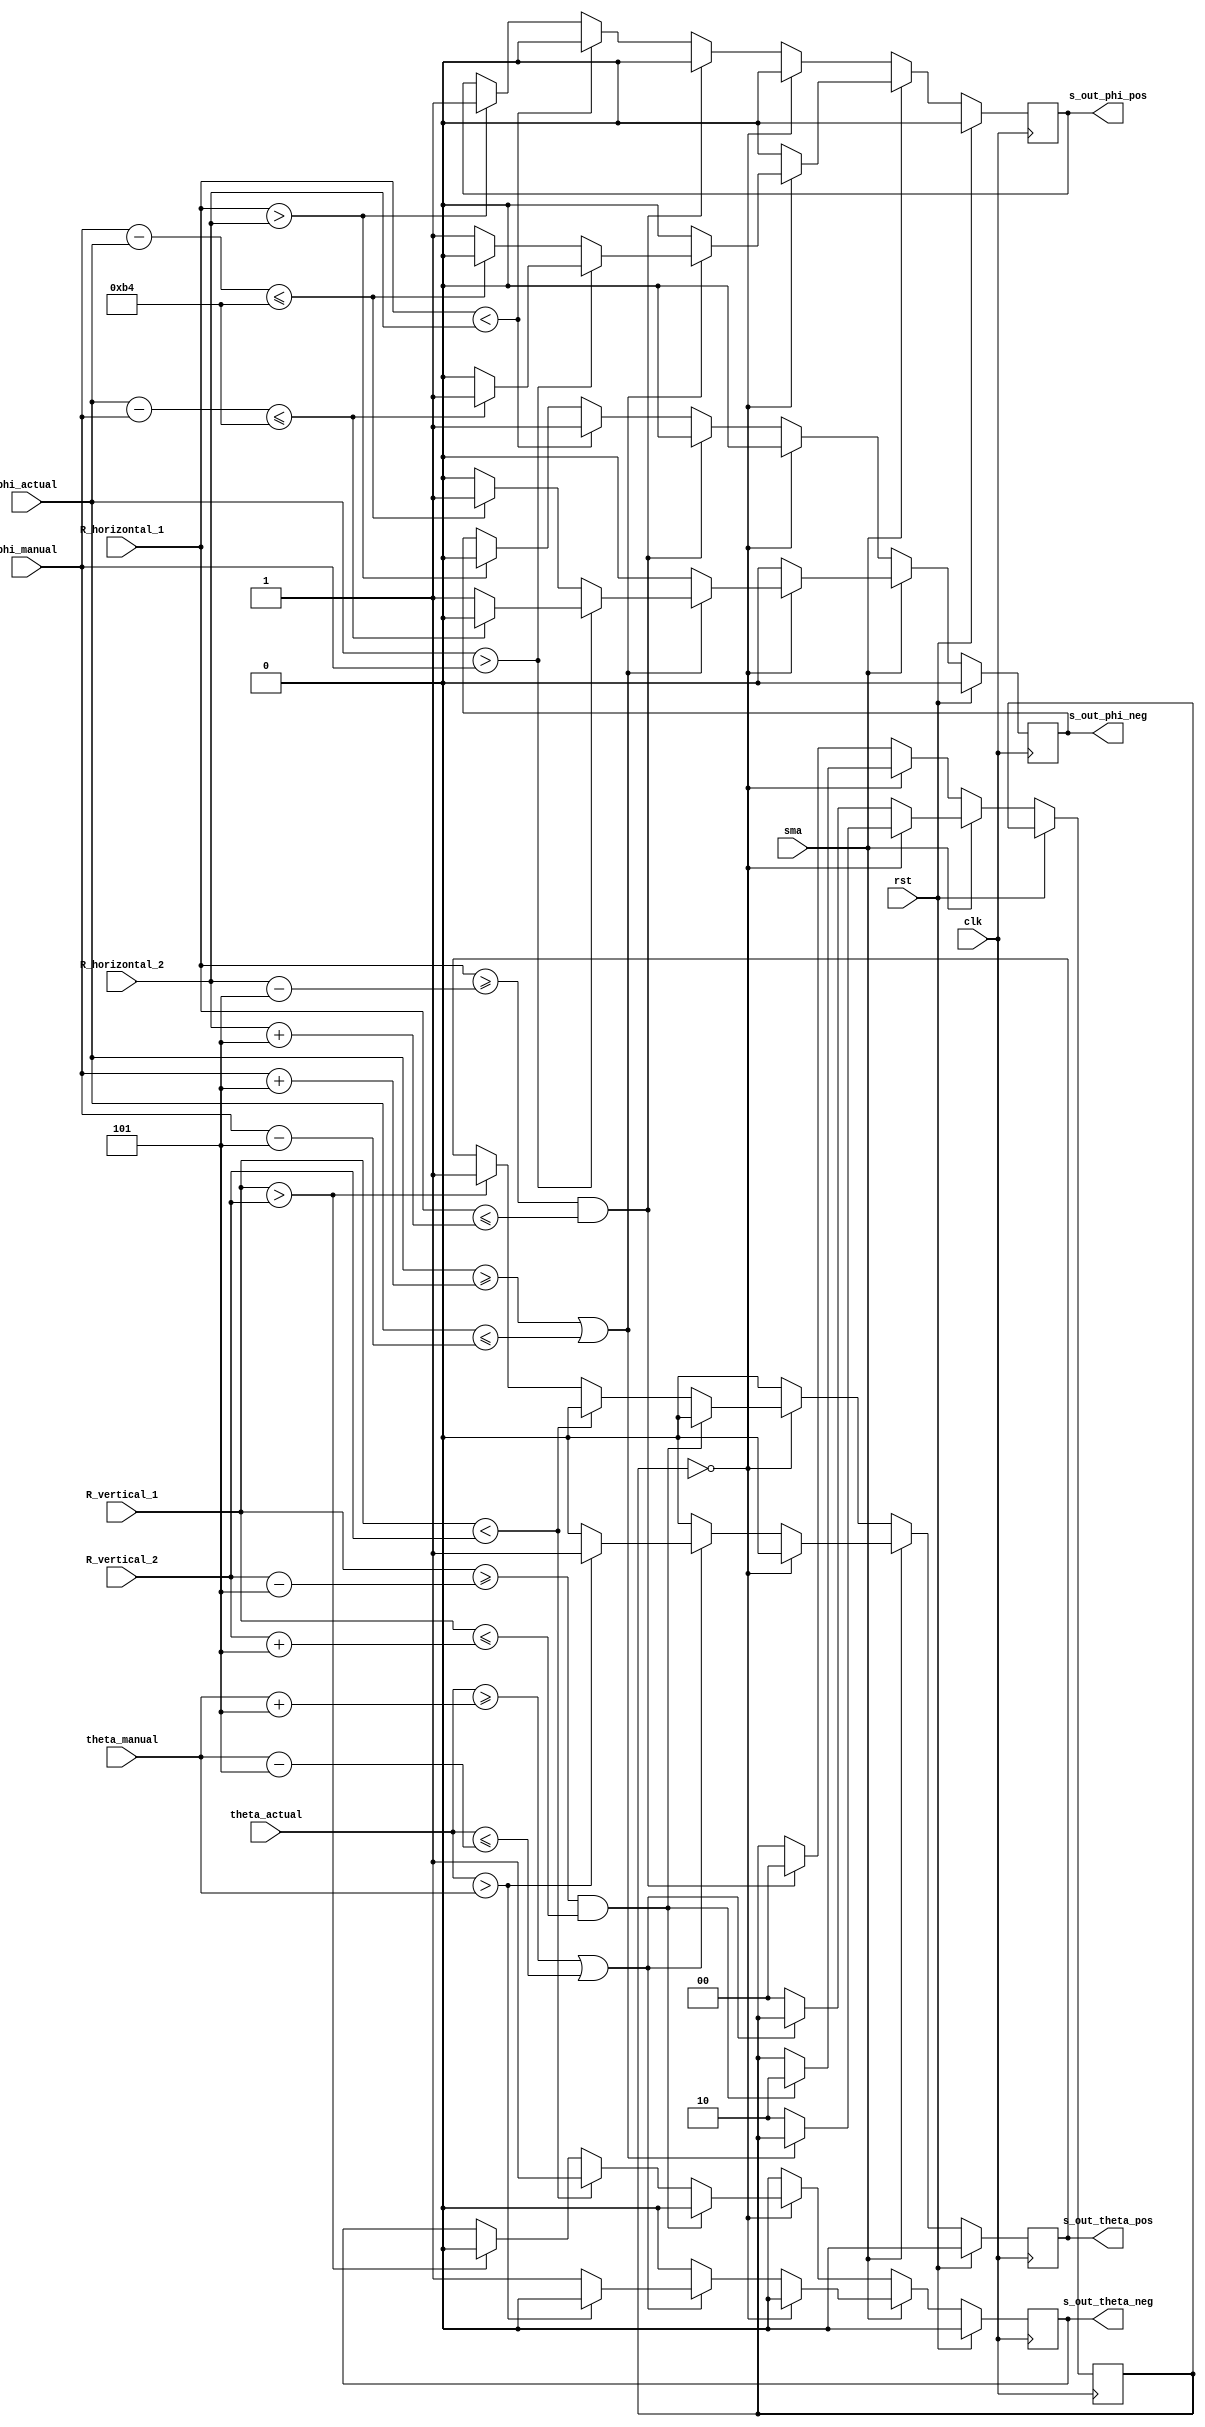
module control_movimiento (rst,sma,clk, R_vertical_1 , R_vertical_2 , R_horizontal_1 , R_horizontal_2 , theta_manual , theta_actual , phi_manual , phi_actual, s_out_theta_pos, s_out_theta_neg, s_out_phi_pos, s_out_phi_neg);
  
	input clk;
	////////////////////entradas de la fotoresistencias.
	input [15:0]R_vertical_1;
	input [15:0]R_vertical_2;
	input [15:0]R_horizontal_1;
	input [15:0]R_horizontal_2; 
	
	///////////////////entradas de posicin manual
	input [15:0]theta_manual;
	input [15:0]theta_actual; 
	input sma; //////////interruptor modo manual/automatico
	input rst;
	///////////////////entradas de posicin actual	
	input [15:0]phi_actual;
	input [15:0]phi_manual;
	
	//////////////////Salida para motores en eje theta y phi
	output reg s_out_theta_pos;
	output reg s_out_theta_neg;
	output reg s_out_phi_pos;
	output reg s_out_phi_neg;

	//inicializacin 
	reg [1:0] shift_motor=2'b00;
	parameter [2:0] error=3'b101;//5
	parameter [7:0] giro=8'b10110100;//180;
	
	//always @(R_vertical_1||R_vertical_2||R_horizontal_1||R_horizontal_2)begin
	//always @(theta_manual||phi_manual)
	//reg rsma;
        //assign sma =rsma;
	always @(posedge clk)begin


		if(rst)begin 
			s_out_phi_pos=0;
			s_out_phi_neg=0;	
			s_out_theta_pos=0;
			s_out_theta_neg=0;
		end else begin
			
		
			if(!sma)begin
			//----------------------//MODO AUTOMATICO//----------------------//	
				if(shift_motor==2'b00)begin
				
					////////////////mover automaticamente motor theta
					
					//NO mover motor phi
					s_out_phi_pos=0;
					s_out_phi_neg=0;
		
					if ((R_vertical_1>=(R_vertical_2-error) )&& (R_vertical_1<=(R_vertical_2+error)))begin
						//NO mover motor theta
						s_out_theta_neg=0;
						s_out_theta_pos=0;
						shift_motor=2'b10;
					end else begin 
						if(R_vertical_1>R_vertical_2)begin
							s_out_theta_pos=1; // movimiento horario vertical
							s_out_theta_neg=0;
						end
						if(R_vertical_1<R_vertical_2)begin
							s_out_theta_neg=1; // movimiento anti-horario vertical
							s_out_theta_pos=0;
						end	
					end
					////////////////mover automaticamente motor theta
					
				end else begin		
				
					////////////////mover automaticamente motor phi

					//NO mover motor theta
					s_out_theta_pos=0;
					s_out_theta_neg=0;
					
					if (R_horizontal_1>=(R_horizontal_2-error) && (R_horizontal_1<=(R_horizontal_2+error)))begin
							//NO mover motor phi

							s_out_phi_pos=0;
							s_out_phi_neg=0;
							shift_motor=2'b00; 
					end else begin 
						if(R_horizontal_1>R_horizontal_2)begin
							s_out_phi_pos=1; // movimiento horario  horizontal
							s_out_phi_neg=0; 
						end	
						if(R_horizontal_1<R_horizontal_2)begin
							s_out_phi_neg=1; // movimiento anti-horario horizontal
							s_out_phi_pos=0;
						end	
					end
					////////////////mover automaticamente motor phi
				end
			//----------------------//MODO AUTOMATICO//----------------------//	
			end else begin
			//----------------------//MODO MANUAL//----------------------//
				
				if(shift_motor==2'b00)begin
					
					////////////////mover manualmente motor phi
					
					//NO mover motor theta
					s_out_theta_pos=0;
					s_out_theta_neg=0;
						
					if(phi_actual>=(phi_manual+error)||phi_actual<=(phi_manual-error))begin 	
						if(phi_actual>phi_manual) begin
							if((phi_actual-phi_manual)<=giro) begin
								s_out_phi_pos=1;	// movimiento horario horizontal
								s_out_phi_neg=0;
								
							end else begin
								s_out_phi_pos=0;
								s_out_phi_neg=1; // movimiento anti-horario horizontal
							end	
						end else begin
							if((phi_manual-phi_actual)<=giro) begin
								s_out_phi_pos=0;
								s_out_phi_neg=1; // movimiento anti-horario horizontal
							end else begin
								s_out_phi_pos=1; // movimiento horario horizontal
								s_out_phi_neg=0;
							end
						end
					end else begin 
						shift_motor=2'b10;
						//NO mover motor phi
						s_out_phi_pos=0;
						s_out_phi_neg=0;
					end
					////////////////mover manualmente motor phi
				end else begin
					
					////////////////mover manualmente motor theta
					
					//NO mover motor phi
					s_out_phi_pos=0;
					s_out_phi_neg=0;
					
					if(theta_actual>=(theta_manual+error)||theta_actual<=(theta_manual-error))begin 
						if(theta_actual>theta_manual) begin
							s_out_theta_pos=1; // movimiento horario vertical
							s_out_theta_neg=0; 
						end else begin 
							s_out_theta_pos=0;
							s_out_theta_neg=1; // movimiento antihorario vertical
						end	
					end else begin 
						shift_motor=2'b00;
						//NO mover motor theta
						s_out_theta_pos=0;
						s_out_theta_neg=0;
					end
					////////////////mover manualmente motor theta
				end
			//----------------------//MODO MANUAL//----------------------//
			end	
		end
	end
endmodule